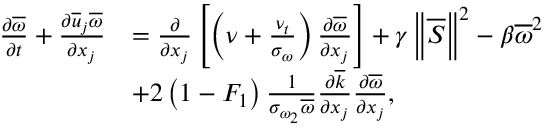
\begin{array} { r l } { \frac { \partial \overline { { \omega } } } { \partial t } + \frac { \partial \overline { { u } } _ { j } \overline { { \omega } } } { \partial x _ { j } } } & { = \frac { \partial } { \partial x _ { j } } \left[ \left( \nu + \frac { \nu _ { t } } { \sigma _ { \omega } } \right) \frac { \partial \overline { { \omega } } } { \partial x _ { j } } \right] + \gamma \left\Vert \overline { { S } } \right\Vert ^ { 2 } - \beta \overline { { \omega } } ^ { 2 } } \\ & { + 2 \left( 1 - F _ { 1 } \right) \frac { 1 } { \sigma _ { \omega _ { 2 } } \overline { { \omega } } } \frac { \partial \overline { { k } } } { \partial x _ { j } } \frac { \partial \overline { { \omega } } } { \partial x _ { j } } , } \end{array}